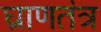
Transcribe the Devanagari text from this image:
घ्राणतंत्र